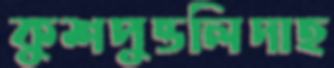
কুশপুত্তলিদাহ